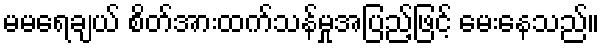
မမရေချယ် စိတ်အားထက်သန်မှုအပြည့်ဖြင့် မေးနေသည်။